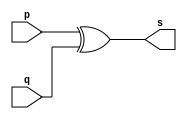
// ------------------------- 
// Exemplo0005 - XOR
// Nome: Rodrigo Arruda de Assis 
// ------------------------- 

// --------------------- 
// -- xor gate 
// --------------------- 
	module xorgate (output [0:3] s, 
	input [0:3] p, 
	input [0:3] q); 
	assign s = p ^ q; 
endmodule // xor 

// --------------------- 
// -- test xorgate 
// --------------------- 
	module testxorgate; 

// ------------------------- dados locais 
	reg [0:3] a,b; // definir registrador 
	wire [0:3] s; // definir conexao (fio) 

// ------------------------- instancia 
	xorgate XOR1 (s, a, b); 

// ------------------------- preparacao 
	initial begin:start 
	a=4'b0011; // 4 valores binarios 
	b=4'b0101; // 4 valores binarios 
end 

// ------------------------- parte principal 
	initial begin:main 
	$display("Exemplo0005 - Rodrigo Arruda de Assis - 427460"); 
	$display("Test xor gate"); 
	$display("\n a ^ b = s\n"); 
	$monitor("%b ^ %b = %b", a, b, s); 
		#1 a=0; b=0; // valores decimais 
		#1 a=4'b0010; b=4'b0001; // valores binarios 
		#1 a=4'd1; b=3; // decimal e decimal 
		#1 a=4'o5; b=2; // octal e decimal 
		#1 a=4'hA; b=3; // hexadecimal e decimal 
		#1 a=4'h9; b=4'o3; // hexadecimal e octal 
end 
endmodule // testxorgate